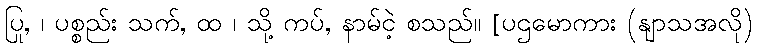
ပြု, ၊ ပစ္စည်း သက်, ထ ၊ သို့ ကပ်, နာမ်ငဲ့ စသည်။ [ပဌမောကား (နျာသအလို)